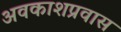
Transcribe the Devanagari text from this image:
अवकाशप्रवास